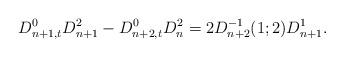
LaTeX: \begin{align*} D_{n+1,t}^0D_{n+1}^2-D_{n+2,t}^0D_n^2=2D_{n+2}^{-1}(1;2)D_{n+1}^1. \end{align*}